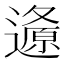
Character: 𲆂